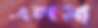
এলমা